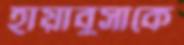
হায়াবুসাকে